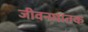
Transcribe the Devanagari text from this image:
जीवनघातक